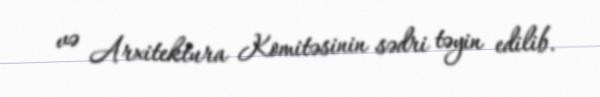
və Arxitektura Komitəsinin sədri təyin edilib.